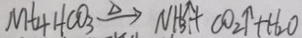
M t _ { 4 } H C O _ { 3 } \xrightarrow { \Delta } N H _ { 3 } \uparrow + C O _ { 2 } \uparrow + H _ { 2 } O